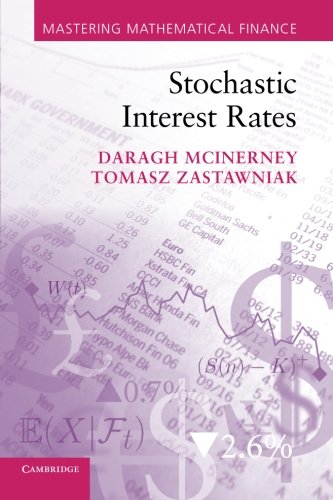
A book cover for Stochastic Interest Rates (Mastering Mathematical Finance); Daragh McInerney; Business & Money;